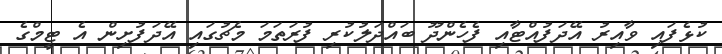
ކުޅެފައި ވާއިރު އޭދަފުއްޓާއި ފެހެންދޫ ބައްދަލުކުރި ފުރަތަމަ މެޗުގައި އޭދަފުށިން އެ ޓީމްގެ